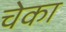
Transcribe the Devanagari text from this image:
चेका